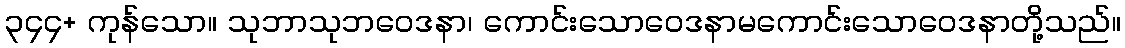
၃၄၄+ ကုန်သော။ သုဘာသုဘဝေဒနာ၊ ကောင်းသောဝေဒနာမကောင်းသောဝေဒနာတို့သည်။